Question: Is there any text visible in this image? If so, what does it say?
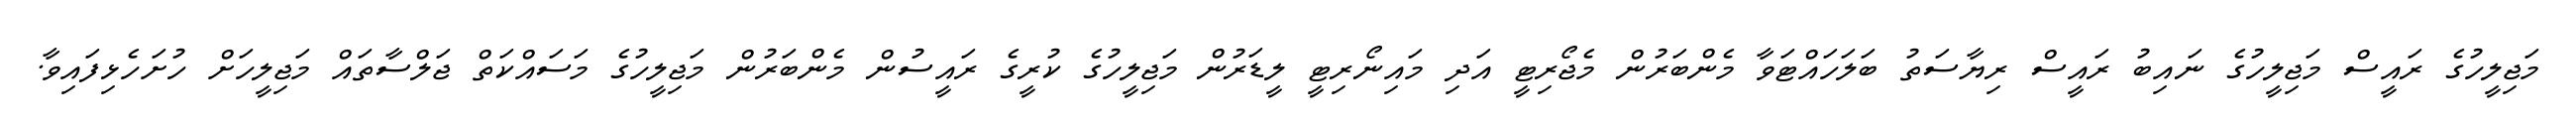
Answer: މަޖިލީހުގެ ރައީސް މަޖިލީހުގެ ނައިބު ރައީސް ރިޔާސަތު ބަލަހައްޓަވާ މެންބަރުން މެޖޯރިޓީ އަދި މައިނޯރިޓީ ލީޑަރުން މަޖިލީހުގެ ކުރީގެ ރައީސުން މެންބަރުން މަޖިލީހުގެ މަސައްކަތް ޖަލްސާތައް މަޖިލީހަށް ހުށަހެޅިފައިވާ.